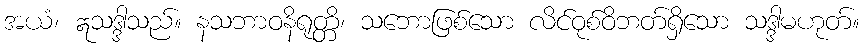
အယံ၊ ဣသဒ္ဒါသည်။ နသဘာဝနိရုတ္တိ၊ သဘောဖြစ်သော လိင်ဝုစ်ဝိဘတ်ရှိသော သဒ္ဒါမဟုတ်။